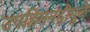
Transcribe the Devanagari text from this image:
उपहिमनदीमुळे